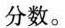
分数。